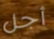
أجل